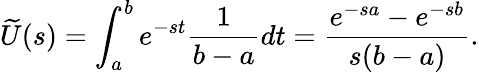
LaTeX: {\widetilde{U}}(s)=\int_{a}^{b}e^{-st}{\frac{1}{b-a}}dt={\frac{e^{-sa}-e^{-sb}}{s(b-a)}}.